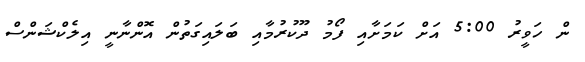
ން ހަވީރު 5:00 އަށް ކަމަށާއި ފޯމު ދޫކުރުމާއި ބަލައިގަތުން އޮންނާނީ އިލެކްޝަންސް